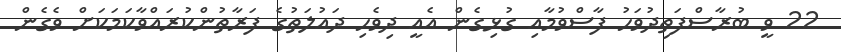
22 ވީ ބުރާސްފަތިދުވަހު ފާސްވުމާއި ގުޅިގެން އެއީ ދިވެހި ދައުލަތުގެ ފަރާތުންކުރައްވާކަމަކަށް ވެގެން